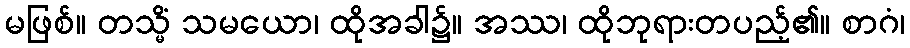
မဖြစ်။ တသ္မိံ သမယော၊ ထိုအခါ၌။ အဿ၊ ထိုဘုရားတပည့်၏။ စာဂံ၊